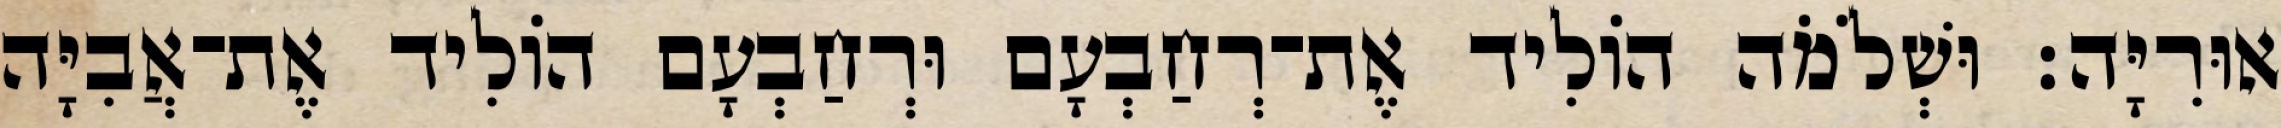
אוּרִיָּה׃ וּשְׁלֹמֹה הוֹלִיד אֶת־רְחַבְעָם וּרְחַבְעָם הוֹלִיד אֶת־אֲבִיָּה